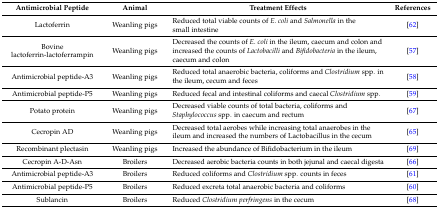
<table><thead><tr><td><b>Antimicrobial Peptide</b></td><td><b>Animal</b></td><td><b>Treatment Effects</b></td><td><b>References</b></td></tr></thead><tbody><tr><td>Lactoferrin</td><td>Weanling pigs</td><td>Reduced total viable counts of <i>E. coli</i> and <i>Salmonella</i> in the small intestine</td><td>[62]</td></tr><tr><td>Bovine lactoferrin-lactoferrampin</td><td>Weanling pigs</td><td>Decreased the counts of <i>E. coli</i> in the ileum, caecum and colon and increased the counts of <i>Lactobacilli</i> and <i>Bifidobacteria</i> in the ileum, caecum and colon</td><td>[57]</td></tr><tr><td>Antimicrobial peptide-A3</td><td>Weanling pigs</td><td>Reduced total anaerobic bacteria, coliforms and <i>Clostridium</i> spp. in the ileum, cecum and feces</td><td>[58]</td></tr><tr><td>Antimicrobial peptide-P5</td><td>Weanling pigs</td><td>Reduced fecal and intestinal coliforms and caecal <i>Clostridium</i> spp.</td><td>[59]</td></tr><tr><td>Potato protein</td><td>Weanling pigs</td><td>Decreased viable counts of total bacteria, coliforms and <i>Staphylococcus</i> spp. in caecum and rectum</td><td>[67]</td></tr><tr><td>Cecropin AD</td><td>Weanling pigs</td><td>Decreased total aerobes while increasing total anaerobes in the ileum and increased the numbers of Lactobacillus in the cecum</td><td>[65]</td></tr><tr><td>Recombinant plectasin</td><td>Weanling pigs</td><td>Increased the abundance of Bifidobacterium in the ileum</td><td>[69]</td></tr><tr><td>Cecropin A-D-Asn</td><td>Broilers</td><td>Decreased aerobic bacteria counts in both jejunal and caecal digesta</td><td>[66]</td></tr><tr><td>Antimicrobial peptide-A3</td><td>Broilers</td><td>Reduced coliforms and <i>Clostridium</i> spp. counts in feces</td><td>[61]</td></tr><tr><td>Antimicrobial peptide-P5</td><td>Broilers</td><td>Reduced excreta total anaerobic bacteria and coliforms</td><td>[60]</td></tr><tr><td>Sublancin</td><td>Broilers</td><td>Reduced <i>Clostridium perfringens</i> in the cecum</td><td>[68]</td></tr></tbody></table>